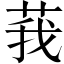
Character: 莪